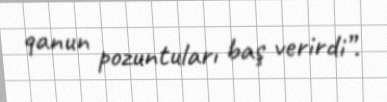
qanun pozuntuları baş verirdi”.